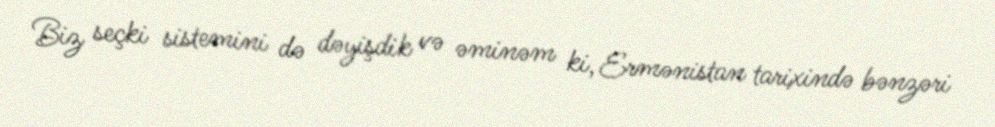
Biz seçki sistemini də dəyişdik və əminəm ki, Ermənistan tarixində bənzəri